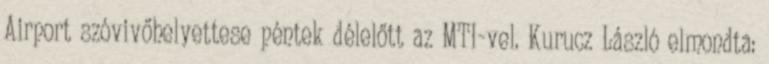
Airport szóvivőhelyettese péntek délelőtt az MTI-vel. Kurucz László elmondta: